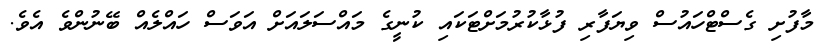
މާފުށި ގެސްޓްހައުސް ވިޔަފާރި ފުޅާކުރުމަށްޓަކައި ކުނީގެ މައްސަލައަށް އަަވަސް ހައްލެއް ބޭނުންވެ އެވެ.